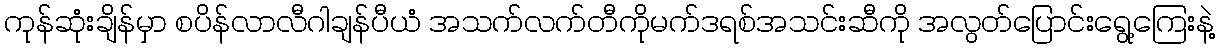
ကုန်ဆုံးချိန်မှာ စပိန်လာလီဂါချန်ပီယံ အသက်လက်တီကိုမက်ဒရစ်အသင်းဆီကို အလွတ်ပြောင်းရွေ့ကြေးနဲ့